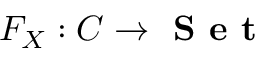
F _ { X } : C \to { \textbf { S e t } }